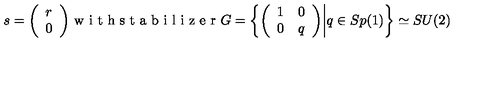
s = \bigg ( \begin{array} { c } { r } \\ { 0 } \\ \end{array} \bigg ) \textrm { w i t h s t a b i l i z e r } G = \bigg \{ \bigg ( \begin{array} { c c } { 1 } & { 0 } \\ { 0 } & { q } \\ \end{array} \bigg ) \bigg | q \in S p ( 1 ) \bigg \} \simeq S U ( 2 )